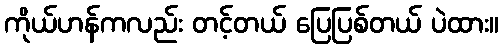
ကိုယ်ဟန်ကလည်း တင့်တယ် ပြေပြစ်တယ် ပဲထား။